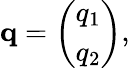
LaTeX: {\mathbf q}=\left(\begin{array}{c}{{q_{1}}}\\ {{q_{2}}}\end{array}\right),